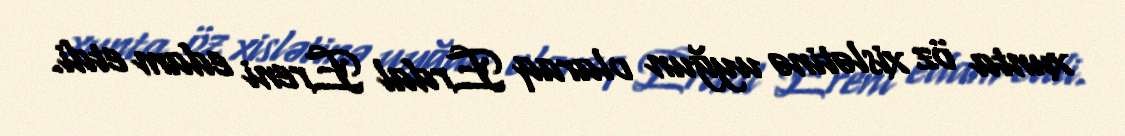
xunta öz xislətinə uyğun olaraq Erdal Ereni edam etdi.